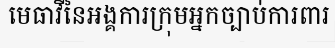
មេធាវីនៃអង្គការក្រុមអ្នកច្បាប់ការពារ